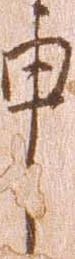
申